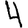
Digit: 4